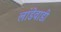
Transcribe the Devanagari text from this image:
लांडेवाडी